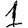
Digit: 1